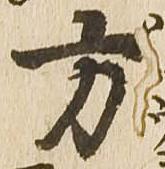
方